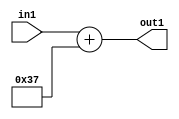
`timescale 1ps / 1ps
/*****************************************************************************
    Verilog RTL Description
    
    
    Created by: Stratus DpOpt 2019.1.01 
*******************************************************************************/

module DC_Filter_Add_12U_169_1 (
	in1,
	out1
	); /* architecture "behavioural" */ 
input [11:0] in1;
output [11:0] out1;
wire [11:0] asc001;

assign asc001 = 
	+(in1)
	+(12'B000000110111);

assign out1 = asc001;
endmodule

/* CADENCE  urj3TQA= : u9/ySgnWtBlWxVPRXgAZ4Og= ** DO NOT EDIT THIS LINE ******/